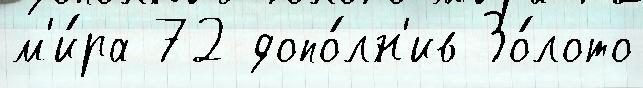
м'и́ра 72 допо́лн'ив Зо́лото